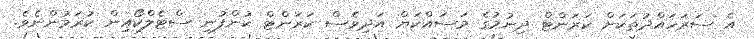
އެ ސަރަހައްދުތަކަށް ކަރަންޓް ދިނުމުގެ މަސައްކަޔް އަދިވެސް ކަރަންޓް ކުންފުނި ސްޓެލްކޯއިން ކުރަމުންނެވެ.